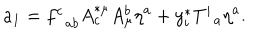
a _ { 1 } = f _ { \; \; a b } ^ { c } A _ { c } ^ { * \mu } A _ { \mu } ^ { b } \eta ^ { a } + y _ { i } ^ { * } T _ { \; \; a } ^ { i } \eta ^ { a } .